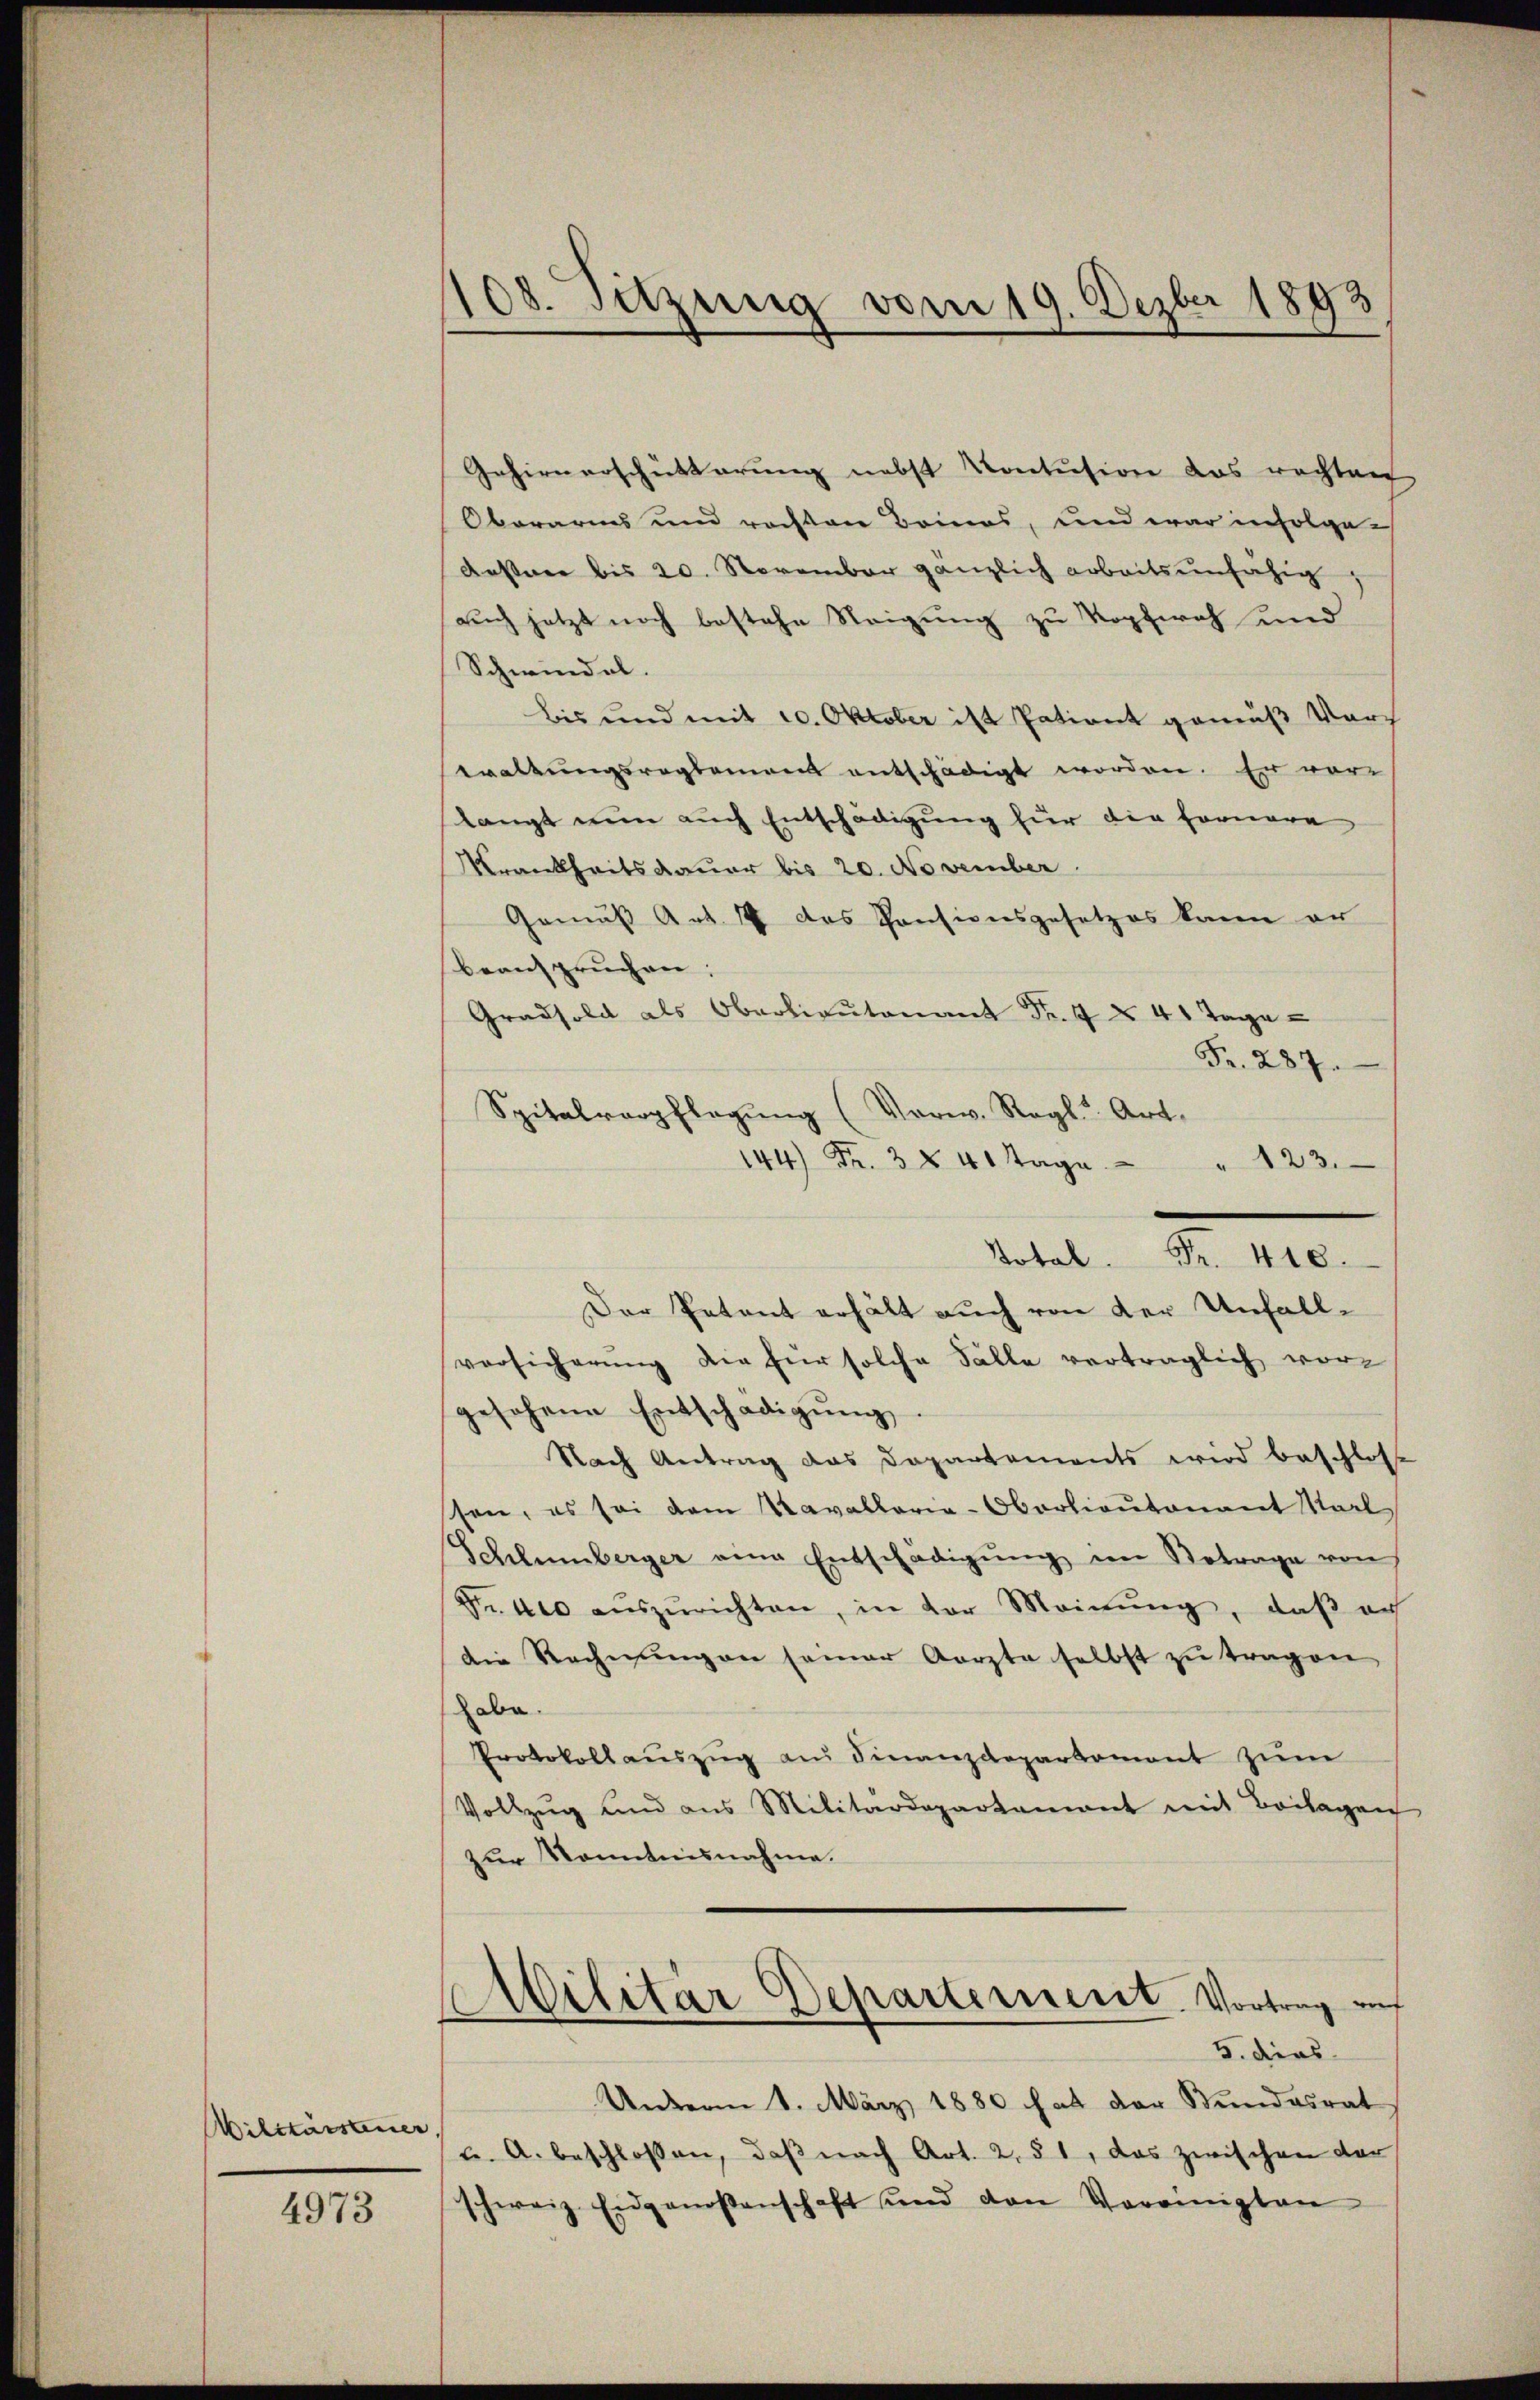
Wilitarsteuer

4973

108. Sitzung vom 19. Dezbr 1893

Gehirnerschütterung nebst Kontusion das rechten
Oberarms und rechten Beines, und war infolge-
Aesner bis 20. November gänzlich arbeitsunfähig
auch jetzt noch bestehe Steigung zu Kopfweh und
Schwindel.
bis und mit 10. Oktober ist Patient gemäß durc
waltungsreglement entschädigt worden. Er vor-
langt nun auch Entschädigung für die Fernere
Krankheits dauer bis 20. November.
Gemäß Art. 17 des Pensionsgesetzes kann er
beanspruchen;
Gradsoll als Oberlieutenant Fr. 7 § 41 Tage
Fr. 287.
Spitalverpflegŭng (Verw. Ragl. Art.
144 Fr. 3 § 40 Tage " 123.
Der Petent erhält auch von der Unfallversicherung die für solche Fälle verträglich vorgesehene Entschädigŭng.
Nach Antrag das Departements wird beschlos
ssen, es sei dem Kavallaria-Oberlieutenant Karl
Schlumberger eine Entschädigung im Betrage von
Fr. 400 aŭszŭrichten, in der Meinung, daß auf
Die Rechnungen seiner Aerzte selbst zu tragen,
habe.
Protokollaŭszŭg am Finanzdepartement zum
Vollzug und aus Militärdepartement mit Beilagen
zur Kenntnisnahme.
Militar Departement. Vortrag auf
5. dies
Unterm 1. März 1880 hat der Bundesrat
u. A. beschlossen, daβ nach Art. 2, § 1, das zwischen dor
schweiz. Eidgenossenschaft und den Vereinigten

. 418.